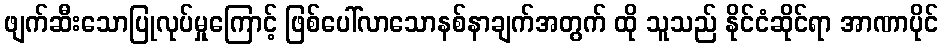
ဖျက်ဆီးသောပြုလုပ်မှုကြောင့် ဖြစ်ပေါ်လာသောနစ်နာချက်အတွက် ထို သူသည် နိုင်ငံဆိုင်ရာ အာဏာပိုင်